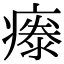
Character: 𤹤